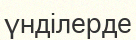
үнділерде